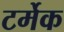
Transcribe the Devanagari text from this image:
टर्मेक